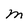
Character: M